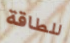
للطاقة